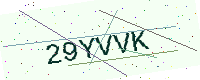
Text: 29YVVK